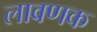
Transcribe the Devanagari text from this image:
लावणक